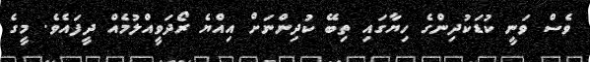
ވެސް ވަނީ ކުޑަކުދިންގެ ހިޔާގައި ތިބޭ ކުދިންނަށް އިއްޔެ ރޯދަވީއްލުމެއް ދީފައެވެ. މީގެ